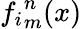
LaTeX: {f_{i}}_{m}^{n}(x)